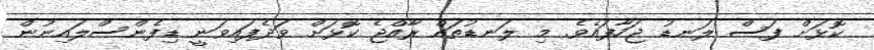
ކޮޅަށް ފަސް ލަނޑު ޖަހާފައެވެ. މި ލަނޑުތައް ރާއްޖެ ކޮޅަށް ވަދެފައިވަނީ ޑިފެންސްލައިނުން